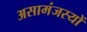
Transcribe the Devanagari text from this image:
असामंजस्यों